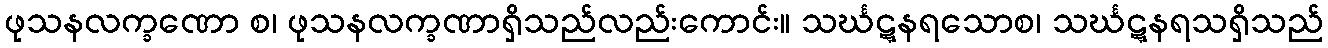
ဖုသနလက္ခဏော စ၊ ဖုသနလက္ခဏာရှိသည်လည်းကောင်း။ သင်္ဃဋ္ဋနရသောစ၊ သင်္ဃဋ္ဋနရသရှိသည်